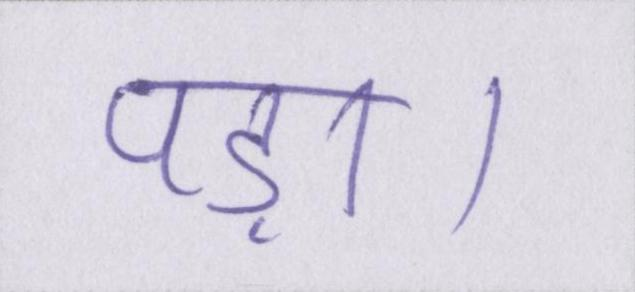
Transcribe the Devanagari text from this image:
पड़ा।